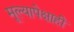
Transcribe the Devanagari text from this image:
मूल्यापेक्षाही